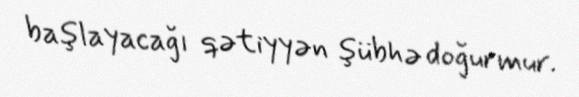
başlayacağı qətiyyən şübhə doğurmur.